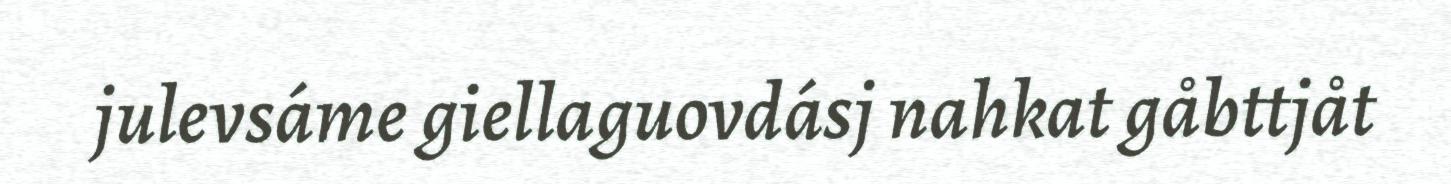
julevsáme giellaguovdásj nahkat gåbttjåt